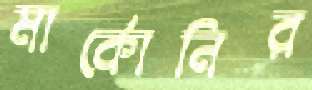
মার্কোনির